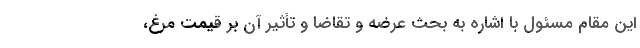
این مقام مسئول با اشاره به بحث عرضه و تقاضا و تأثیر آن بر قیمت مرغ،